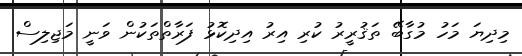
މިދިޔަ މަހު މުގާބޭ ތަޤުރީރު ކުރި އިރު އިދިކޮޅު ފަރާތްތަކުން ވަނީ މަޖިލިސް